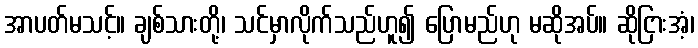
အာပတ်မသင့်။ ချစ်သားတို့၊ သင်မှာလိုက်သည်ဟူ၍ ပြောမည်ဟု မဆိုအပ်။ ဆိုငြားအံ့၊